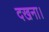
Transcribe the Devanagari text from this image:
दखना।